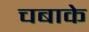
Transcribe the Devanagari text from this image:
चबाके